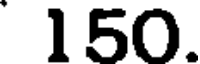
150.